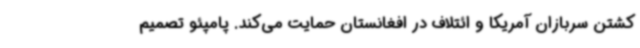
کشتن سربازان آمریکا و ائتلاف در افغانستان حمایت می‌کند. پامپئو تصمیم